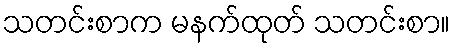
သတင်းစာက မနက်ထုတ် သတင်းစာ။